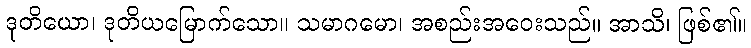
ဒုတိယော၊ ဒုတိယမြောက်သော။ သမာဂမော၊ အစည်းအဝေးသည်။ အာသိ၊ ဖြစ်၏။